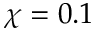
\chi = 0 . 1